Report on plague in the Punjab from October 1st ... to September 30th ..., being the ... season of plague in the province
Disease focus: Plague
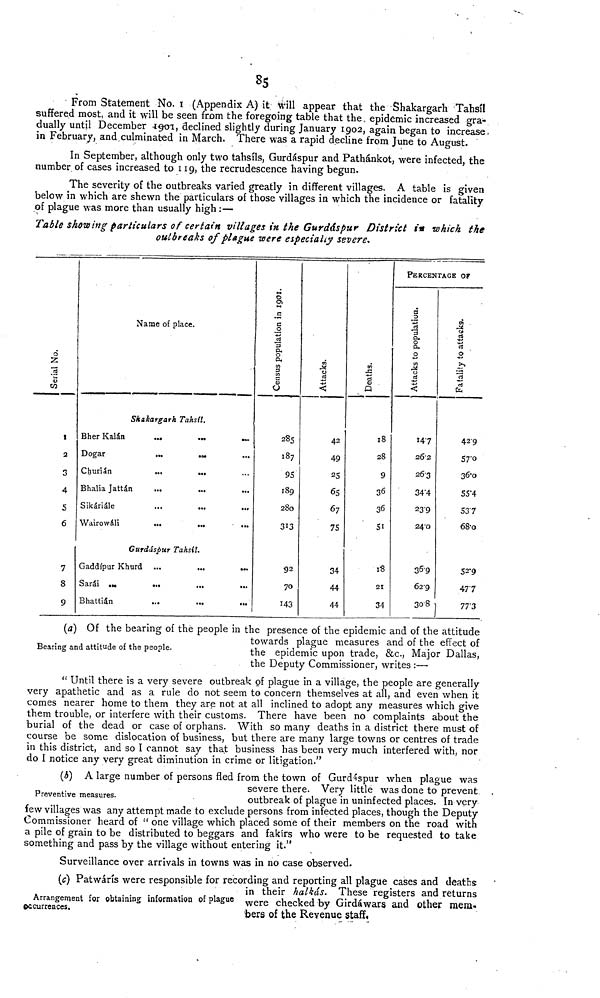
85
• From Statement No. 1 (Appendix A) it will appear that the Shakargarh Tahsíl
suffered most, and it will be seen from the foregoing table that the, epidemic increased gra-
dually until December 1901, declined slightly during January 1902, again began to increase.
in February, and culminated in March. There was a rapid decline from June to August.
In September, although only two tahsíls, Gurdáspur and Pathánkot, were infected, the
number of cases increased to 119, the recrudescence having begun.
The severity of the outbreaks varied greatly in different villages. A table is given
below in which are shewn the particulars of those villages in which the incidence or fatality
of plague was more than usually high :—
Table showing particulars of certain villages in the Gurdáspur District in which the
outbreaks of plague were especially severe.
Serial No.
1
2
3
4
5
6
7
8
9
Name of place.
Shakargarh Tahsíl.
Bher Kalán
...
...
...
Dogar
...
...
Churián
...
...
Bhalia Jattán
Sikáriále
Wairowáli
...
...
...
Gurdáspur Tahsil.
Gaddípur Khurd ...
...
...
Sarái ...
Bhattián
Census populations in logi.
285
187
95
189
280
313
92
70
143
Attacks
42
49
25
65
67
75
34
44
44
Deaths
18
28
9
36
36
51
18
21
34
PERCENTAGE OF
Attacks to populations
14'7
26'2
26'3
34'4
23'9
24'0
36'9
62'9
fatality to attacks
42'9
57'0
36'0
55'4
537
68'0
52'9
477
30'8
77'3
Bearing and attitude of the people.
{a) Of the bearing of the people in the presence of the epidemic and of the attitude
towards plague measures and of the effect of
the epidemic upon trade, &c, Major Dallas,
the Deputy Commissioner, writes :—
" Until there is a very severe outbreak of plague in a village, the people are generally
very apathetic and as a rule do not seem to concern themselves at all, and even when it
comes nearer home to them they are not at all inclined to adopt any measures which give
them trouble, or interfere with their customs. There have been no complaints about the
burial of the dead or case of orphans. With so many deaths in a district there must of
course be some dislocation of business, but there are many large towns or centres of trade
in this district, and so I cannot say that business has been very much interfered with, nor
do I notice any very great diminution in crime or litigation."
Preventive measures.
(b) A large number of persons fled from the town of Gurdáspur when plague was
severe there. Very little was done to prevent
outbreak of plague in uninfected places. In very
few villages was any attempt made to exclude persons from infected places, though the Deputy
Commissioner heard of " one village which placed some of their members on the road with
a pile of grain to be distributed to beggars and fakirs who were to be requested to take
something and pass by the village without entering it."
Surveillance over arrivals in towns was in no case observed.
Arrangement for obtaining information of plague
occurrences.
(c) Patwárs were responsible for recording and reporting all plague cases and deaths
in their halkás. These registers and returns
were checked by Girdáwars and other mem-
bers of the Revenue staff.